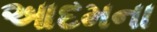
આદમના